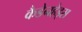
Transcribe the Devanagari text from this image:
कैडेनहेड्स